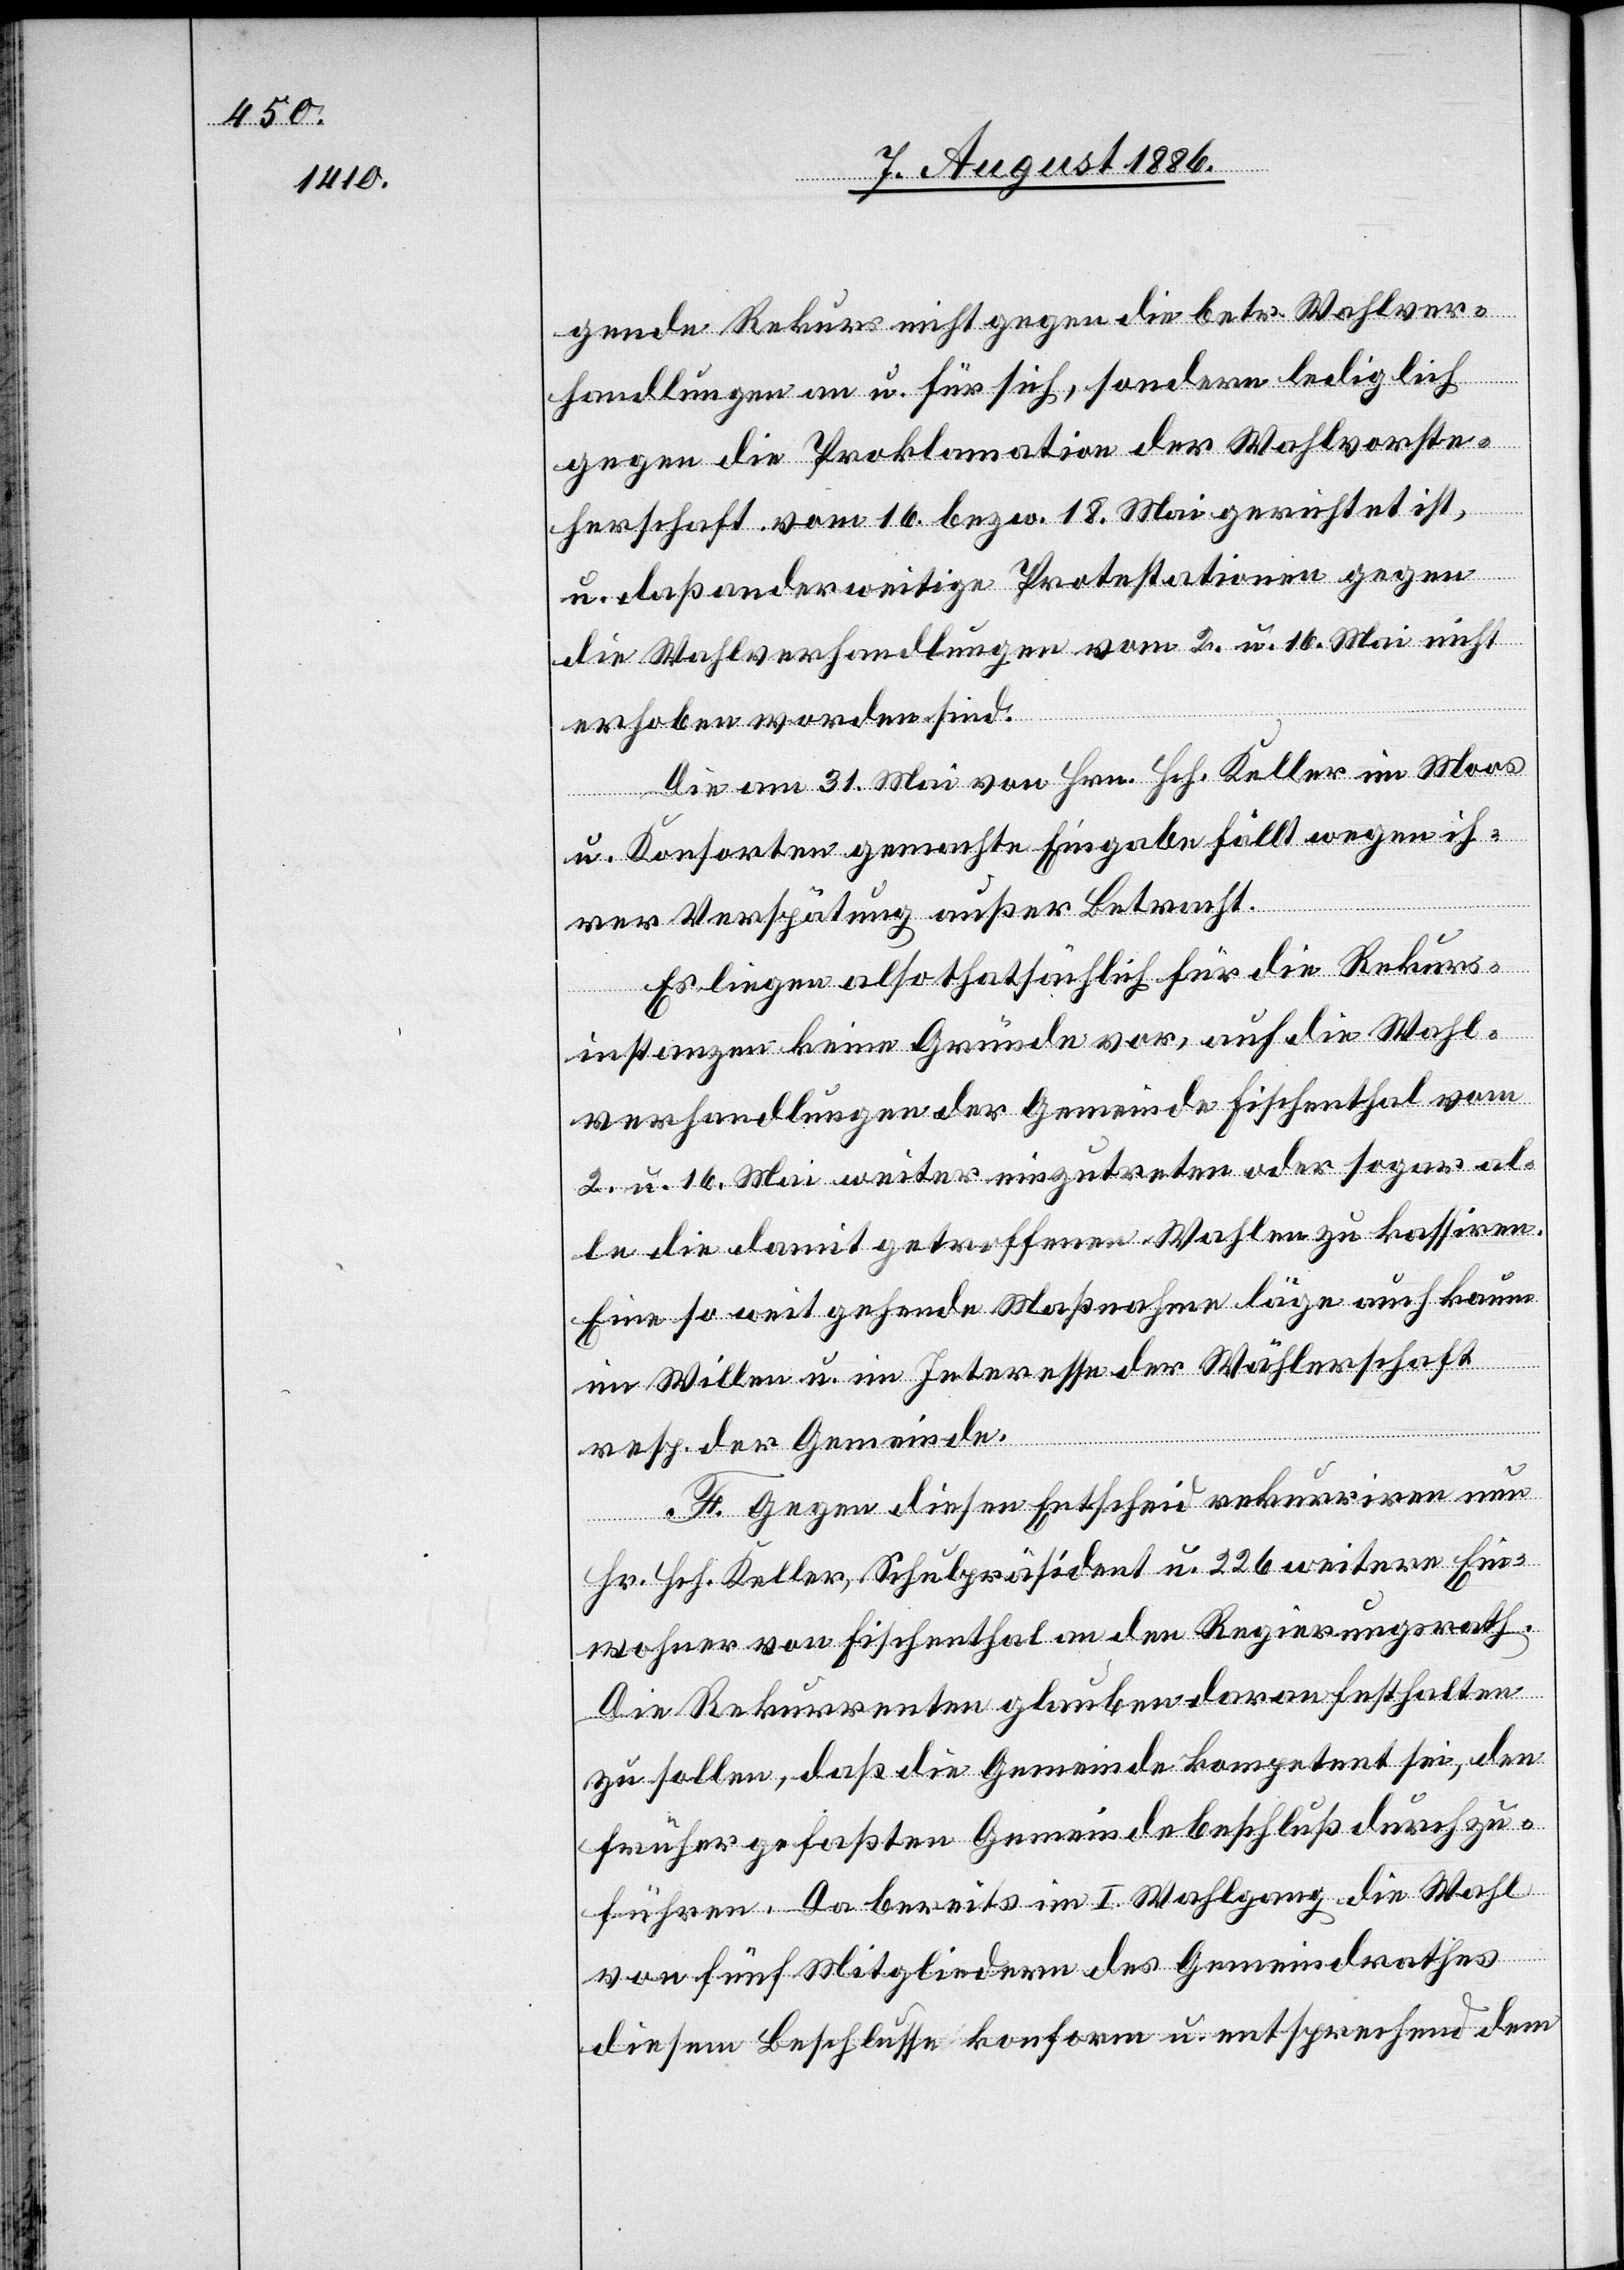
gende Rekurs nicht gegen die betr. Wahlver¬
handlungen an u. für sich, sondern lediglich
gegen die Proklamation der Wahlvorste¬
herschaft vom 16. bezw. 18. Mai gerichtet ist,
u. daß anderweitige Protestationen gegen
die Wahlverhandlungen vom 2. u. 16 Mai nicht
erhoben worden sind.
Die am 31. Mai von Hrn. Hch. Keller im Moos
u. Konsorten gemachte Eingabe fällt wegen ih¬
rer Verspätung außer Betracht.
Es liegen also thatsächlich für die Rekurs¬
instanzen keine Gründe vor, auf die Wahl¬
verhandlungen der Gemeinde Fischenthal vom
2. u. 16. Mai weiter einzutreten oder sogar al¬
le die damit getroffenen Wahlen zu kassiren.
Eine so weit gehende Maßnahme läge auch kaum
im Willen u. im Interesse der Wählerschaft
resp. der Gemeinde.
F. Gegen diesen Entscheid rekurriren nun
Hr. Hch. Keller, Schulpräsident u. 226 weitere Ein¬
wohner von Fischenthal an den Regierungsrath.
Die Rekurrenten glauben daran festhalten
zu sollen, daß die Gemeinde kompetent sei, den
früher gefaßten Gemeindebeschluß durchzu¬
führen. Da bereits im I. Wahlgang die Wahl
von fünf Mitgliedern des Gemeindrathes
diesem Beschlusse konform u. entsprechend dem